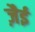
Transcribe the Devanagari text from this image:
ज़ैई